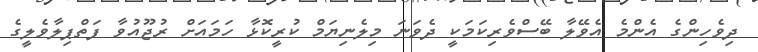
ދިވެހިންގެ އެންމެ އެވޭލާ ބޭސްވެރިކަމަކީ ދެވަނަ މިލެނިޔަމް ކުރީކޮޅާ ހަމައަށް ރުޖޫއުވާ ފަތްޕިލާވެލީގެ